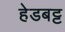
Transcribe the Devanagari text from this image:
हेडबट्ट